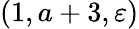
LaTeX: (1,a+3,\varepsilon)